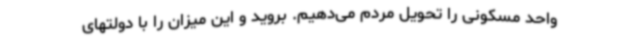
واحد مسکونی را تحویل مردم می‌دهیم. بروید و این میزان را با دولتهای